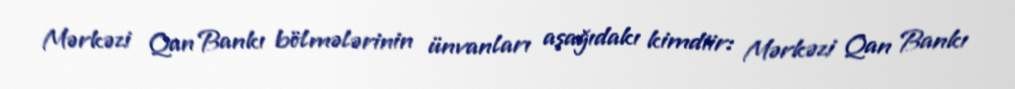
Mərkəzi Qan Bankı bölmələrinin ünvanları aşağıdakı kimdiir: Mərkəzi Qan Bankı